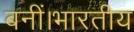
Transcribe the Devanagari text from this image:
बनीं।भारतीय